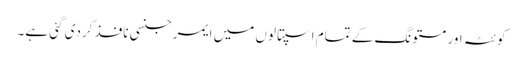
کوئٹہ اور مستونگ کے تمام اسپتالوں میں ایمرجنسی نافذ کردی گئی ہے۔